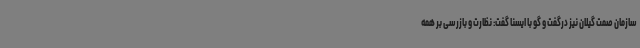
سازمان صمت گیلان نیز درگفت و گو با ایسنا گفت: نظارت و بازرسی بر همه